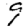
Digit: 9